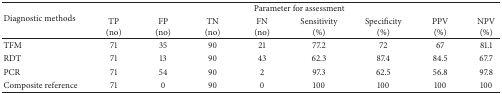
<table><thead><tr><td rowspan="2"><b>Diagnostic methods</b></td><td colspan="8"><b>Parameter for assessment</b></td></tr><tr><td><b>TP(no)</b></td><td><b>FP(no)</b></td><td><b>TN(no)</b></td><td><b>FN(no)</b></td><td><b>Sensitivity (%)</b></td><td><b>Specificity (%)</b></td><td><b>PPV (%)</b></td><td><b>NPV (%)</b></td></tr></thead><tbody><tr><td>TFM</td><td>71</td><td>35</td><td>90</td><td>21</td><td>77.2</td><td>72</td><td>67</td><td>81.1</td></tr><tr><td>RDT</td><td>71</td><td>13</td><td>90</td><td>43</td><td>62.3</td><td>87.4</td><td>84.5</td><td>67.7</td></tr><tr><td>PCR</td><td>71</td><td>54</td><td>90</td><td>2</td><td>97.3</td><td>62.5</td><td>56.8</td><td>97.8</td></tr><tr><td>Composite reference</td><td>71</td><td>0</td><td>90</td><td>0</td><td>100</td><td>100</td><td>100</td><td>100</td></tr></tbody></table>